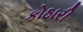
કોઠારી